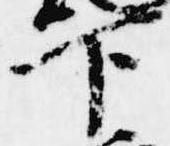
下